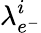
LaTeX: \lambda_{e^{-}}^{i}